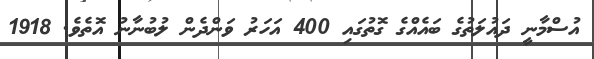
އުސްމާނީ ދައުލަތުގެ ބައެއްގެ ގޮތުގައި 400 އަހަރު ވަންދެން ލުބުނާނު އޮތެވެ. 1918